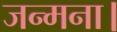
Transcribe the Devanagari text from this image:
जन्मना।